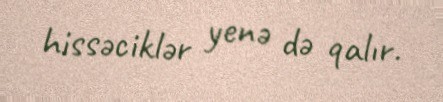
hissəciklər yenə də qalır.